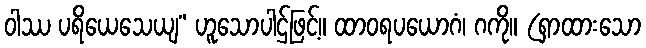
ဝါဿ ပရိယေသေယျ” ဟူသောပါဌ်ဖြင့်။ ထာဝရပယောဂံ၊ ဂကို။ (ရှာထားသော